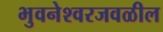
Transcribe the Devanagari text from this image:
भुवनेश्वरजवळील